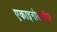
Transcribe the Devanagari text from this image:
एकाइनोडरमीज़